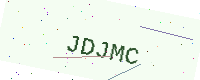
Text: JDJMC